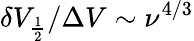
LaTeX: \delta V_{\frac{1}{2}}/\Delta V\sim\nu^{4/3}